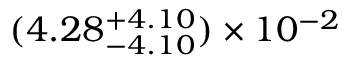
( 4 . 2 8 _ { - 4 . 1 0 } ^ { + 4 . 1 0 } ) \times 1 0 ^ { - 2 }